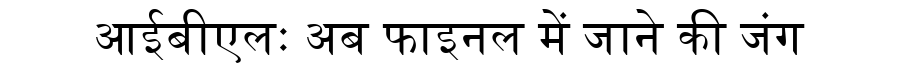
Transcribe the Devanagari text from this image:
आईबीएलः अब फाइनल में जाने की जंग